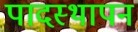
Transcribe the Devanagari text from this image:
पादस्थापन